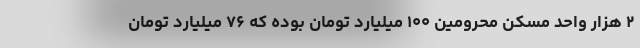
۲ هزار واحد مسکن محرومین ۱۰۰ میلیارد تومان بوده که ۷۶ میلیارد تومان